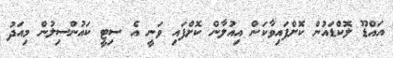
އައްޑޫ ލޮކްޑައުން ކޮށްފައިވާކަން އިއުލާން ކޮށްފައި ވަނީ އެ ސިޓީ ކައުންސިލުން މިއަދު